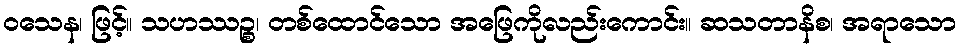
ဝသေန၊ ဖြင့်။ သဟဿဉ္စ၊ တစ်ထောင်သော အဖြေကိုလည်းကောင်း။ ဆသတာနိစ၊ အရာသော